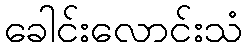
ခေါင်းလောင်းသံ